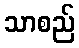
သာစည်